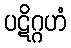
ပဋိဂ္ဂဟံ